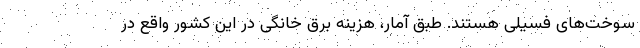
سوخت‌های فسیلی هستند. طبق آمار، هزینه برق خانگی در این کشور واقع در